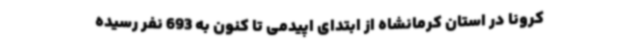
کرونا در استان کرمانشاه از ابتدای اپیدمی تا کنون به 693 نفر رسیده